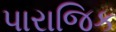
પારાજિક